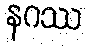
နဂဿ